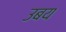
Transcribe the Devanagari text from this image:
उबय